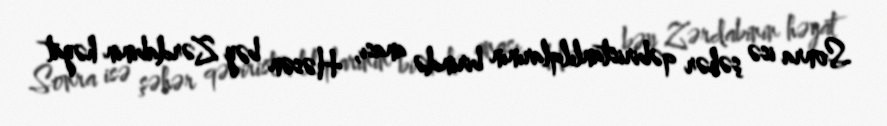
Sonra isə şəhər qəbiristanlılqlarının birində anası, Həsən bəy Zərdabinin həyat